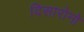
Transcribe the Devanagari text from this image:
दिसारोनो